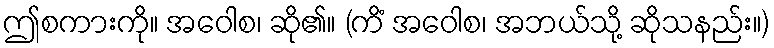
ဤစကားကို။ အဝေါစ၊ ဆို၏။ (ကိံ အဝေါစ၊ အဘယ်သို့ ဆိုသနည်း။)